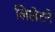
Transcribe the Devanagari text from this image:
लिलेटने